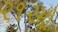
૨૧૨મો